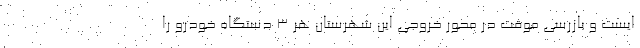
ایست و بازرسی موقت در محور خروجی این شهرستان هر ۳ دستگاه خودرو را